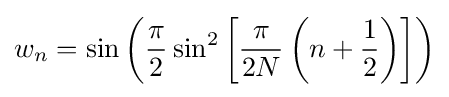
w_{n}=\sin \left({\frac {\pi }{2}}\sin ^{2}\left[{\frac {\pi }{2N}}\left(n+{\frac {1}{2}}\right)\right]\right)